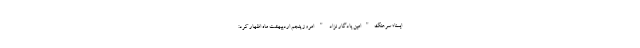
ایسنا؛ سرهنگ"امین یادگار نژاد " امروز پنجم اردیبهشت ماه اظهار کرد: